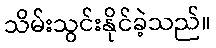
သိမ်းသွင်းနိုင်ခဲ့သည်။